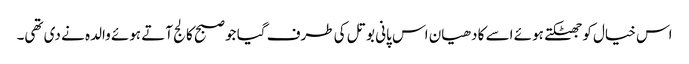
اس خیال کو جھٹکتے ہوئے اسے کا دھیان اس پانی بوتل کی طرف گیا جو صبح کالج آتے ہوئے والدہ نے دی تھی۔